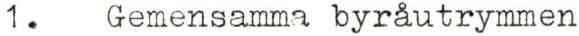
1. Gemensamma byråutrymmen